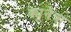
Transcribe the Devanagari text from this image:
क्यूनेत्रा